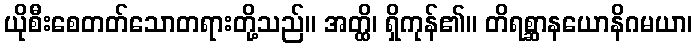
ယိုစီးစေတတ်သောတရားတို့သည်။ အတ္ထိ၊ ရှိကုန်၏။ တိရစ္ဆာနယောနိဂမယာ၊